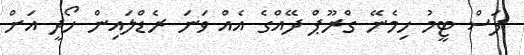
ފަސް ޓީމު ހިމެނޭ ގްރޫޕް ދޭއްގެ އެއް ވަނަ ރެޑްލައިން ހޯދީ އަށް